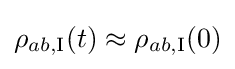
\rho _{ab,\mathrm {I} }(t)\approx \rho _{ab,\mathrm {I} }(0)